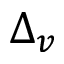
\Delta _ { v }